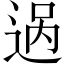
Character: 𬨨